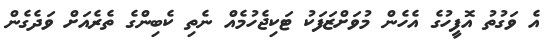
އެ ވަގުތު އޮފީހުގެ އެހެން މުވަށްޒަފަކު ޓަކިޖެހުމެއް ނެތި ކެބިންގެ ތެރެއަށް ވަދެގެން